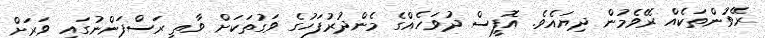
ރޭވުންތަކެއް ރޭވެމުން ދިޔައެވެ. އޮފީސް ދުވަހެއްގެ މެންދުރުފަހުގެ ވަގުތަކަށް ވާތީ ރަސްފަންނުގައި ވަރަށް